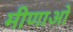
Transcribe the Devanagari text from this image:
मीणाओ